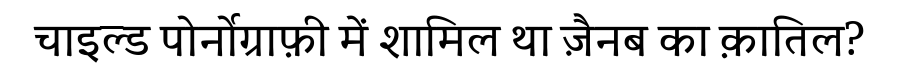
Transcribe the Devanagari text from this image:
चाइल्ड पोर्नोग्राफ़ी में शामिल था ज़ैनब का क़ातिल?